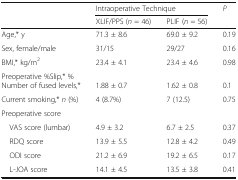
<table><thead><tr><td rowspan="2"></td><td colspan="2"><b>Intraoperative Technique</b></td><td rowspan="2"><b><i>P</i></b></td></tr><tr><td><b>XLIF/PPS (<i>n</i> = 46)</b></td><td><b>PLIF (<i>n</i> = 56)</b></td></tr></thead><tbody><tr><td>Age,* y</td><td>71.3 ± 8.6</td><td>69.0 ± 9.2</td><td>0.19</td></tr><tr><td>Sex, female/male</td><td>31/15</td><td>29/27</td><td>0.16</td></tr><tr><td>BMI,* kg/m<sup>2</sup></td><td>23.4 ± 4.1</td><td>23.4 ± 4.6</td><td>0.98</td></tr><tr><td>Preoperative %Slip,* %Number of fused levels,*</td><td>1.88 ± 0.7</td><td>1.62 ± 0.8</td><td>0.1</td></tr><tr><td>Current smoking,* <i>n</i> (%)</td><td>4 (8.7%)</td><td>7 (12.5)</td><td>0.75</td></tr><tr><td colspan="4">Preoperative score</td></tr><tr><td> VAS score (lumbar)</td><td>4.9 ± 3.2</td><td>6.7 ± 2.5</td><td>0.37</td></tr><tr><td> RDQ score</td><td>13.9 ± 5.5</td><td>12.8 ± 4.2</td><td>0.49</td></tr><tr><td> ODI score</td><td>21.2 ± 6.9</td><td>19.2 ± 6.5</td><td>0.17</td></tr><tr><td> L-JOA score</td><td>14.1 ± 4.5</td><td>13.5 ± 3.8</td><td>0.41</td></tr></tbody></table>